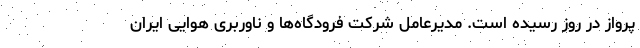
پرواز در روز رسیده است. مدیرعامل شرکت فرودگاه‌ها و ناوربری هوایی ایران